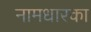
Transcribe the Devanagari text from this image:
नामधारका